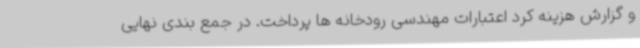
و گزارش هزینه کرد اعتبارات مهندسی رودخانه ها پرداخت. در جمع بندی نهایی